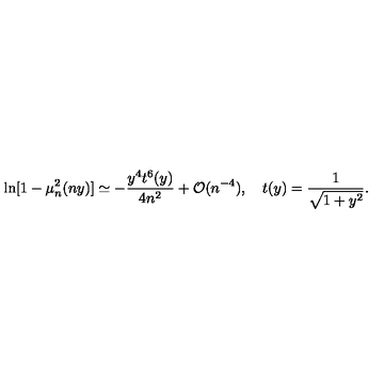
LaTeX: \ln [ 1 - \mu _ { n } ^ { 2 } ( n y ) ] \simeq - \frac { y ^ { 4 } t ^ { 6 } ( y ) } { 4 n ^ { 2 } } + { \cal O } ( n ^ { - 4 } ) , \quad t ( y ) = \frac { 1 } { \sqrt { 1 + y ^ { 2 } } } .